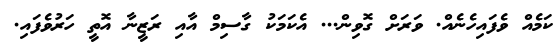
ކަމެއް ވެފައިހެނެއް. ވަރަށް ގޮވިން... އެކަމަކު ގާސިމް އާއި ރަޒީނާ އޮތީ ހަރުވެފައި.